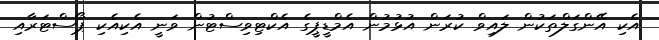
އެކި އޭންގަލްތަކުން ލައިވް ކުރަން އުޅުމުން އެމްޑީޕީގެ އެކްޓިވިސްޓުން ވަނީ އެކިއެކި ޕޯސްޓަރާއި